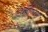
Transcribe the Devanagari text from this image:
भक्तविनोद